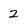
Character: 2